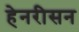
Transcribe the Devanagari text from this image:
हेनरीसन